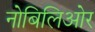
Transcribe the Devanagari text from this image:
नोबिलिओर